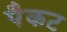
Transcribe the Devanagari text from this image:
पैकट